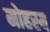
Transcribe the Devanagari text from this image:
मोहस्य